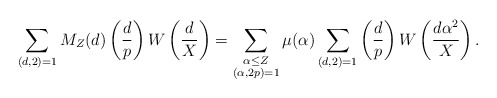
\begin{align*} \sum_{(d,2)=1}M_Z(d)\left( \frac{d}{p} \right) W\left( \frac{d}{X} \right)=\sum_{\substack{\alpha \leq Z \\ (\alpha, 2p)=1}}\mu(\alpha) \sum_{(d,2)=1}\left( \frac{d}{p} \right) W\left( \frac{d\alpha^2}{X} \right).\end{align*}